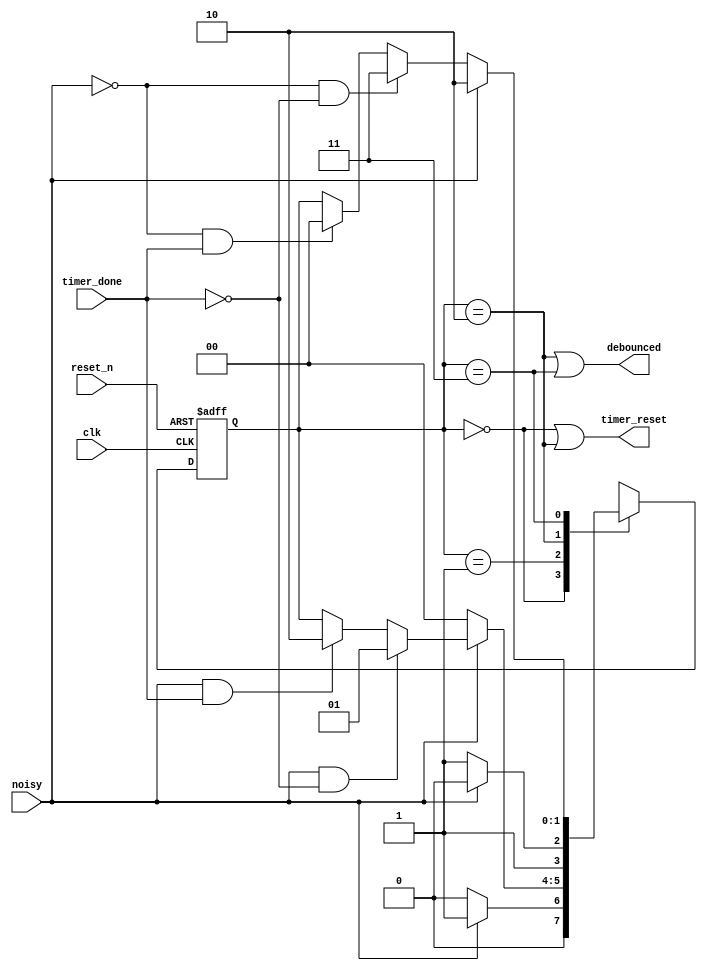
`timescale 1ns / 1ps

module debouncer_delayed_fsm(
    input clk, reset_n,
    input noisy, timer_done,
    output timer_reset, debounced
    );
    
    reg [1:0] state_reg, state_next;
    parameter s0 = 0, s1 = 1, s2 = 2, s3 = 3;
    
    // Sequential state register
    always @(posedge clk, negedge reset_n)
    begin
        if (~reset_n)
            state_reg <= 0;
        else
            state_reg <= state_next;
    end
    
    // Next state logic
    always @(*)
    begin
        state_next = state_reg;
        case(state_reg)
            s0: if (~noisy)
                    state_next = s0;
                else if (noisy)
                    state_next = s1;
            s1: if (~noisy)
                    state_next = s0;
                else if (noisy & ~timer_done)
                    state_next = s1;
                else if (noisy & timer_done)
                    state_next = s2;
            s2: if (~noisy)
                    state_next = s3;
                else if (noisy)
                    state_next = s2;
            s3: if (noisy)
                    state_next = s2;
                else if (~noisy & ~timer_done)
                    state_next = s3;
                else if (~noisy & timer_done)
                    state_next = s0;
            default: state_next = s0;                                             
        endcase
    end
    
    // output logic
    assign timer_reset = (state_reg == s0) | (state_reg == s2);
    assign debounced = (state_reg == s2) | (state_reg == s3);
    
endmodule